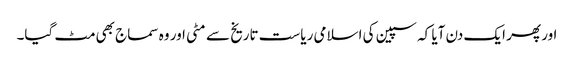
اور پھر ایک دن آیا کہ سپین کی اسلامی ریاست تاریخ سے مٹی اور وہ سماج بھی مٹ گیا۔